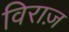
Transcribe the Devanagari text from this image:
विराज़